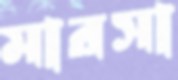
মারসা